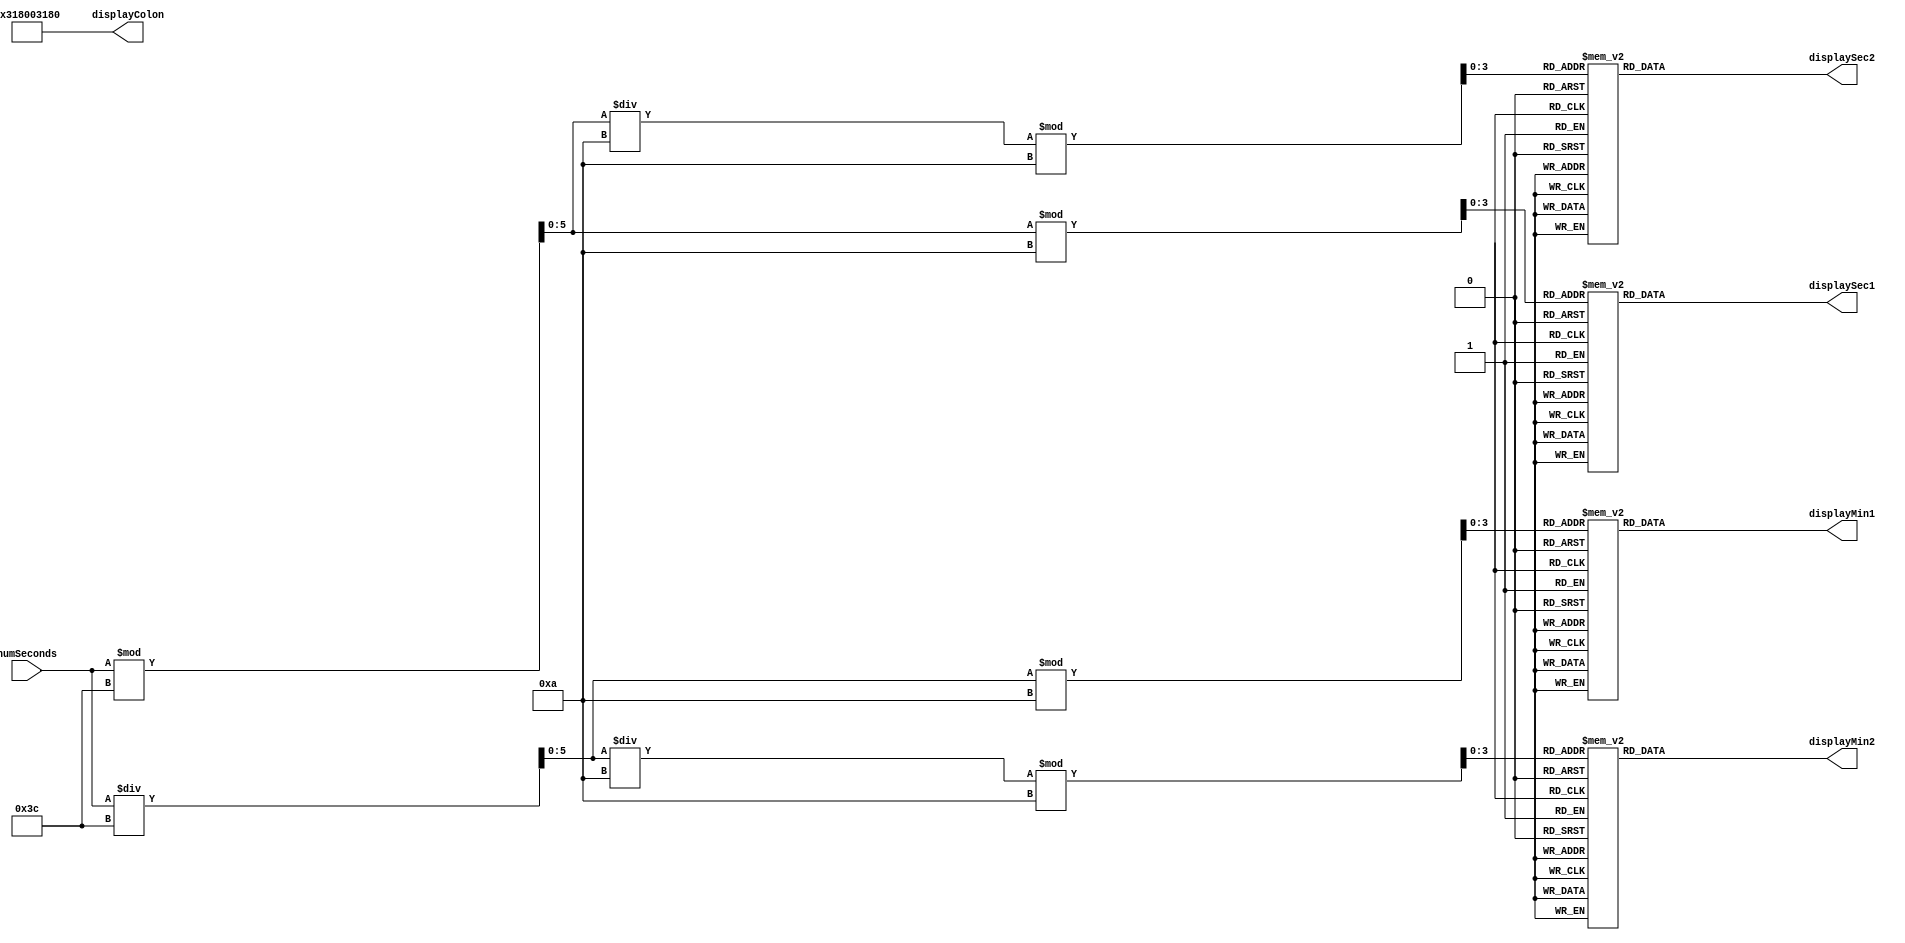
module TimeDisplayController(
	input [11:0] numSeconds,
	output reg [39:0] displayMin2, displayMin1, displaySec2, displaySec1,
	output [39:0] displayColon);

	// Each character is 5 wide and 8 tall. 
	parameter
	ONE = 40'b0010000100001000010000100001010011000100,
	TWO = 40'b1111100010001000100010000100001000101110,
	THREE = 40'b0111010001100001000001100100001000101110,
	FOUR = 40'b0100001000111110100101010010100110001000,
	FIVE = 40'b0111010001100001000001111000010001011110,
	SIX = 40'b0111010001100011000101111000011000101110,
	SEVEN = 40'b0001000010000100010000100010000100011111,
	EIGHT = 40'b0111010001100011000101110100011000101110,
	NINE = 40'b0111010001100001111010001100011000101110,
	ZERO = 40'b0111010001100011000110001100011000101110,
	COLON = 40'b0000001100011000000000000011000110000000;
	
	assign displayColon = COLON;
	
	// Minutes
	wire [5:0] numMinutes;
	assign numMinutes = numSeconds/60;
	
	wire [3:0] numMinutesFirstDigit;
	assign numMinutesFirstDigit = numMinutes%10;
	wire [3:0] numMinutesSecondDigit;
	assign numMinutesSecondDigit = (numMinutes/10)%10;
	
	// Seconds
	wire [5:0] numSecondsLeftover;
	assign numSecondsLeftover = numSeconds%60;
	
	wire [3:0] numSecondsFirstDigit;
	assign numSecondsFirstDigit = numSecondsLeftover%10;
	wire [3:0] numSecondsSecondDigit;
	assign numSecondsSecondDigit = (numSecondsLeftover/10)%10;
	
	always@(*)
	begin
		case(numMinutesFirstDigit)
			4'd0: displayMin1 = ZERO;
			4'd1: displayMin1 = ONE;
			4'd2: displayMin1 = TWO;
			4'd3: displayMin1 = THREE;
			4'd4: displayMin1 = FOUR;
			4'd5: displayMin1 = FIVE;
			4'd6: displayMin1 = SIX;
			4'd7: displayMin1 = SEVEN;
			4'd8: displayMin1 = EIGHT;
			4'd9: displayMin1 = NINE;
			default: displayMin1 = ZERO;
		endcase

		case(numMinutesSecondDigit)
			4'd0: displayMin2 = ZERO;
			4'd1: displayMin2 = ONE;
			4'd2: displayMin2 = TWO;
			4'd3: displayMin2 = THREE;
			4'd4: displayMin2 = FOUR;
			4'd5: displayMin2 = FIVE;
			4'd6: displayMin2 = SIX;
			4'd7: displayMin2 = SEVEN;
			4'd8: displayMin2 = EIGHT;
			4'd9: displayMin2 = NINE;
			default: displayMin2 = ZERO;
		endcase

		case(numSecondsFirstDigit)
			4'd0: displaySec1 = ZERO;
			4'd1: displaySec1 = ONE;
			4'd2: displaySec1 = TWO;
			4'd3: displaySec1 = THREE;
			4'd4: displaySec1 = FOUR;
			4'd5: displaySec1 = FIVE;
			4'd6: displaySec1 = SIX;
			4'd7: displaySec1 = SEVEN;
			4'd8: displaySec1 = EIGHT;
			4'd9: displaySec1 = NINE;
			default: displaySec1 = ZERO;
		endcase

		case(numSecondsSecondDigit)
			4'd0: displaySec2 = ZERO;
			4'd1: displaySec2 = ONE;
			4'd2: displaySec2 = TWO;
			4'd3: displaySec2 = THREE;
			4'd4: displaySec2 = FOUR;
			4'd5: displaySec2 = FIVE;
			4'd6: displaySec2 = SIX;
			4'd7: displaySec2 = SEVEN;
			4'd8: displaySec2 = EIGHT;
			4'd9: displaySec2 = NINE;
			default: displaySec2 = ZERO;
		endcase

	end

endmodule